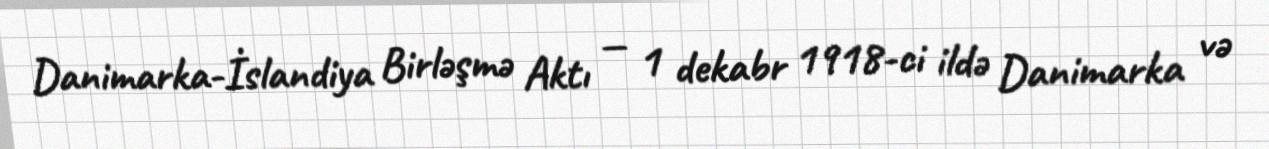
Danimarka-İslandiya Birləşmə Aktı — 1 dekabr 1918-ci ildə Danimarka və